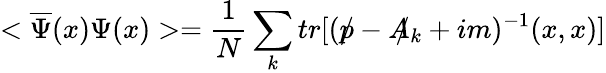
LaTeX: <\overline{{{\Psi}}}(x)\Psi(x)>=\frac{1}{N}\sum_{k}tr[(p\! \! \! /-A\! \! \! /_{k}+im)^{-1}(x,x)]